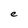
Character: e